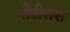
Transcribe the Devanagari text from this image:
नौटीलस